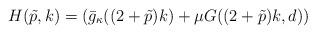
LaTeX: \begin{align*}H(\tilde p, k)= (\bar g_{\kappa}((2+\tilde p)k) + \mu G( (2 +\tilde p)k, d)) \end{align*}